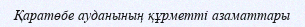
Қаратөбе ауданының құрметті азаматтары